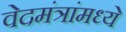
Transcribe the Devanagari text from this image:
वेदमंत्रांमध्ये